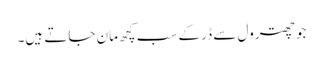
جو چھترول سے ڈر کے سب کچھ مان جاتے ہیں۔